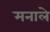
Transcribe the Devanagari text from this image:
मनाले